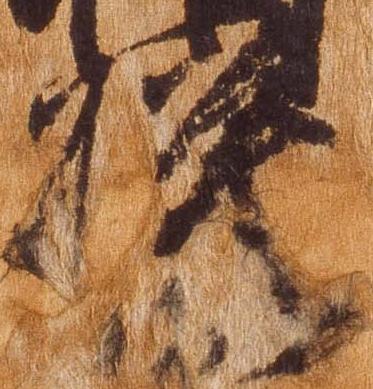
模